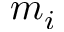
m _ { i }